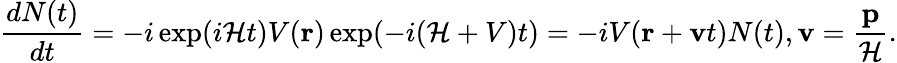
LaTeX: \frac{dN(t)}{dt}=-i\exp(i{\cal H}t)V({\mathbf r})\exp(-i({\cal H}+V)t)=-iV({\mathbf r}+{\mathbf v}t)N(t),{\mathbf v}=\frac{{\mathbf p}}{{\cal H}}.